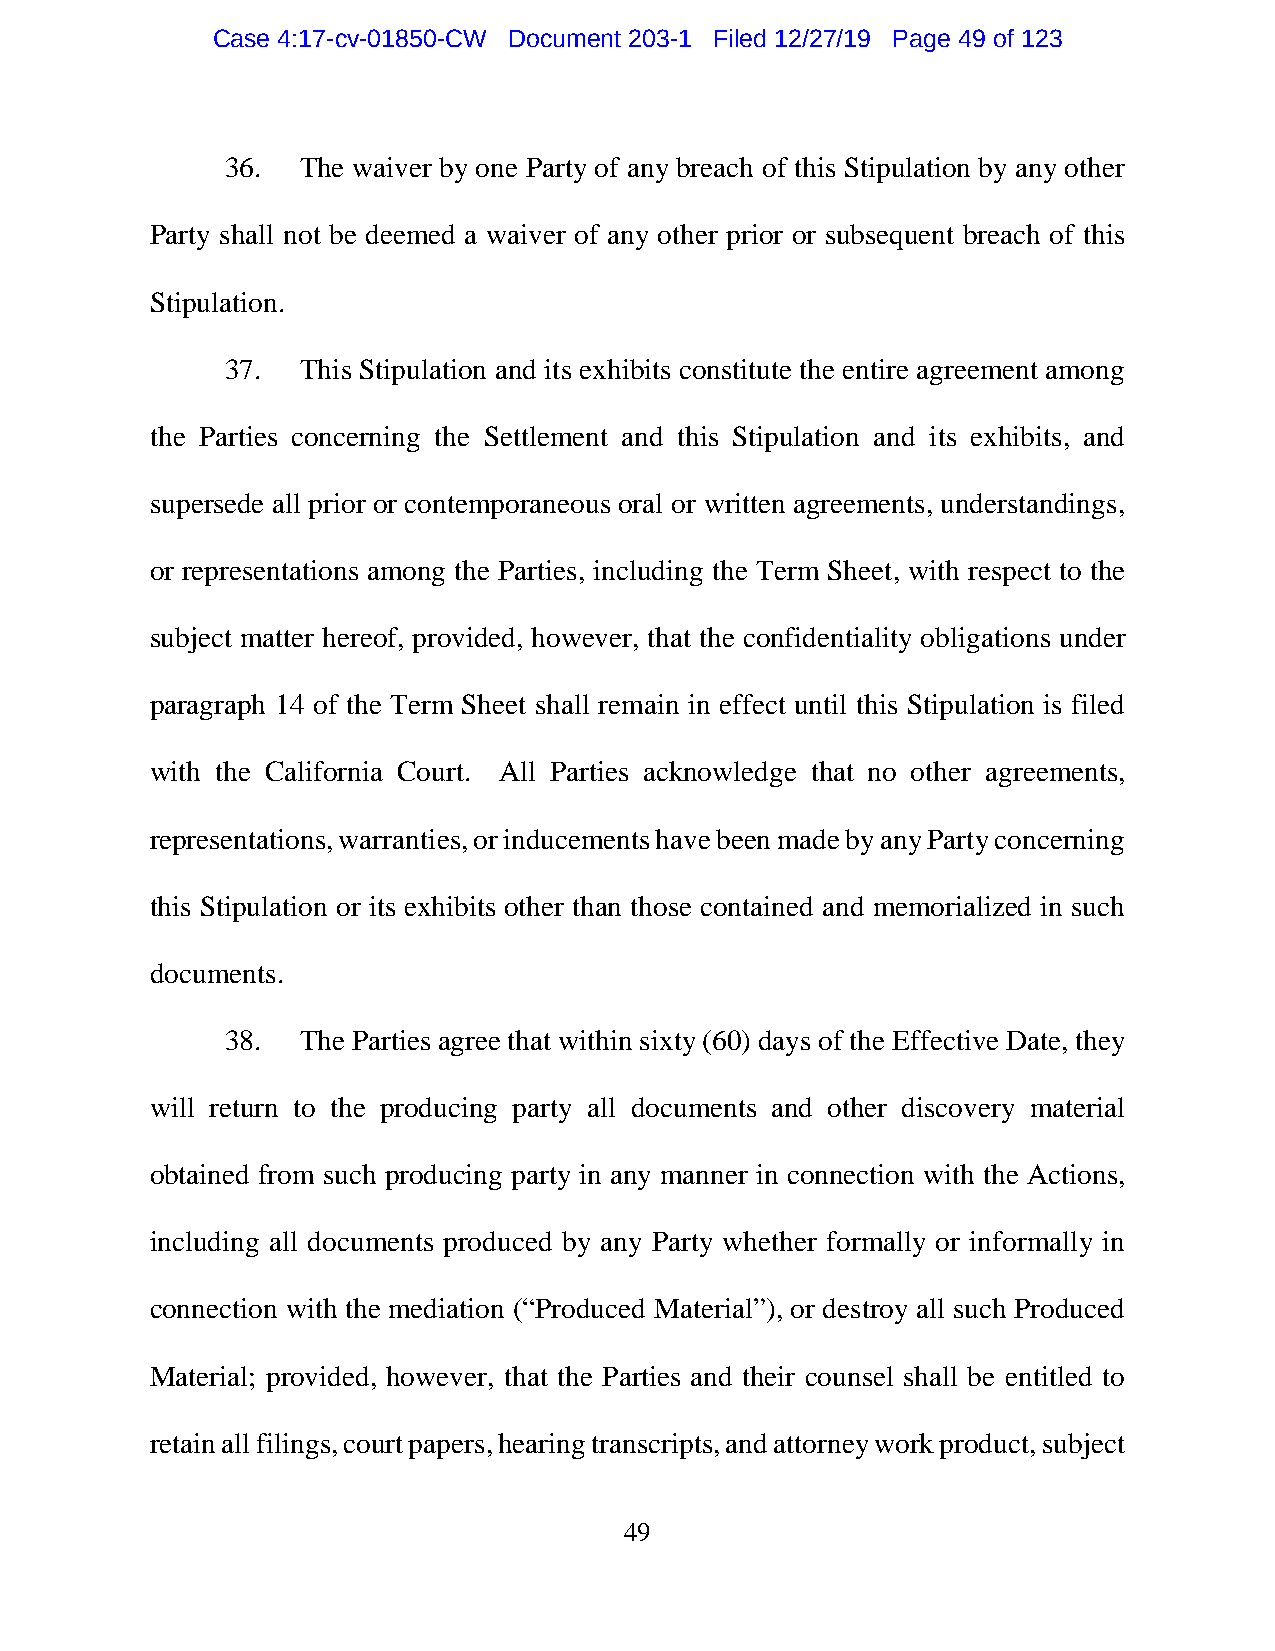
Case 4:17-cv-01850-CW Document 203-1 Filed 12/27/19 Page 49 of 123
 36.  The waiver by one Party of any breach of this Stipulation by any other
 Party shall not be deemed a waiver of any other prior or subsequent breach of this
 Stipulation.
 37.  This Stipulation and its exhibits constitute the entire agreement among
 the Parties concerning the Settlement and this Stipulation and its exhibits, and
 supersede all prior or contemporaneous oral or written agreements, understandings,
 or representations among the Parties, including the Term Sheet, with respect to the
 subject matter hereof, provided, however, that the confidentiality obligations under
 paragraph 14 of the Term Sheet shall remain in effect until this Stipulation is filed
 with the California Court. All Parties acknowledge that no other agreements,
 representations, warranties, or inducements have been made by any Party concerning
 this Stipulation or its exhibits other than those contained and memorialized in such
 documents.
 38.  The Parties agree that within sixty (60) days of the Effective Date, they
 will return to the producing party all documents and other discovery material
 obtained from such producing party in any manner in connection with the Actions,
 including all documents produced by any Party whether formally or informally in
 connection with the mediation (“Produced Material”), or destroy all such Produced
 Material; provided, however, that the Parties and their counsel shall be entitled to
 retain all filings, court papers, hearing transcripts, and attorney work product, subject
 49